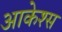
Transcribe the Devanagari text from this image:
आकेश्स